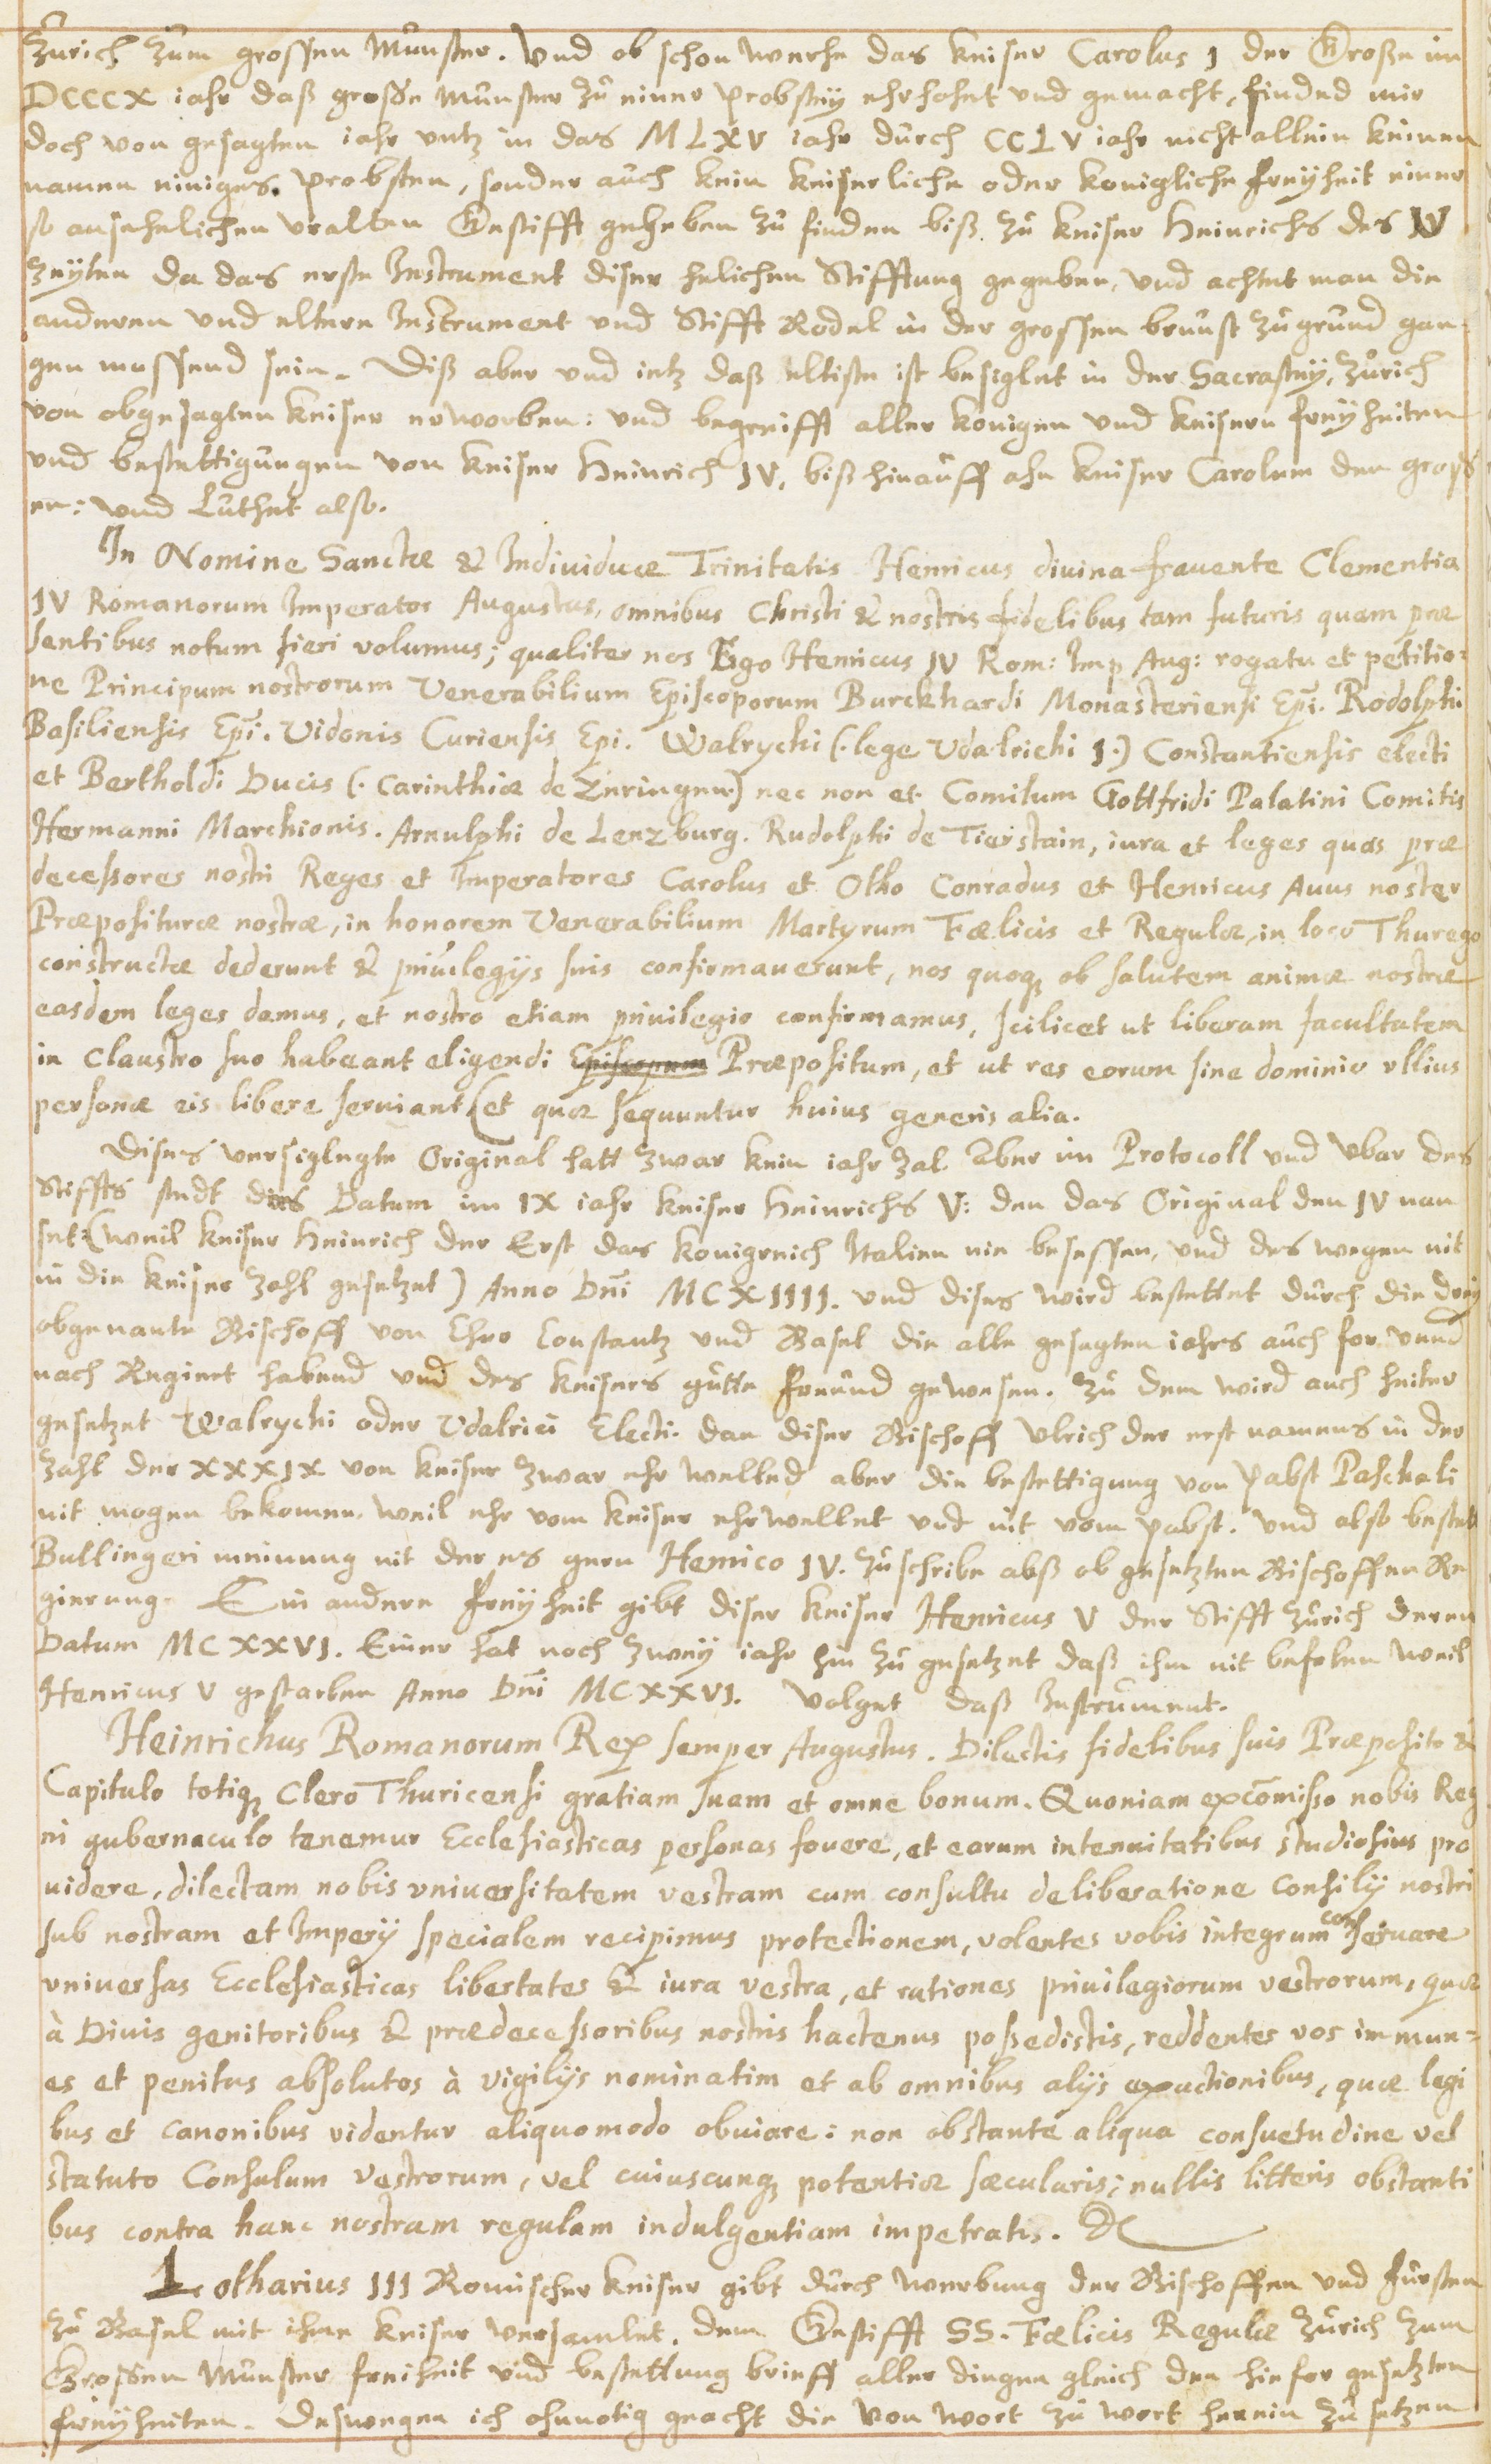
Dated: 1614–1638